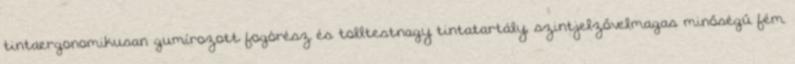
tintaergonomikusan gumírozott fogórész és tolltestnagy tintatartály, szintjelzővelmagas minőségű fém